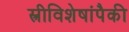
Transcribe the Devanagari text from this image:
स्त्रीविशेषांपैकी